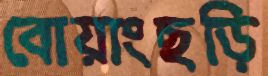
বোয়াংছড়ি